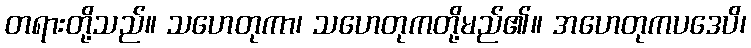
တရားတို့သည်။ သဟေတုကာ၊ သဟေတုကတို့မည်၏။ အဟေတုကပဒေပိ၊